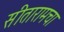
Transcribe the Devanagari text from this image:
सीतारामचा